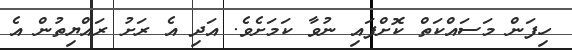
ހިފަން މަސައްކަތް ކޮށްފައި ނުވާ ކަމަށެވެ. އަދި އެ ރަށު ރައްޔިތުން އެ